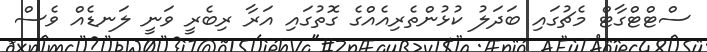
ސްޓްޓްގާޓް މެޗުގައި ބަދަލު ކުޅުންތެރިއެއްގެ ގޮތުގައި އަރާ ރިބެރީ ވަނީ ލަނޑެއް ވެސް